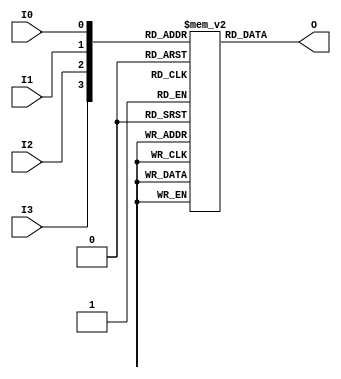
module LUT4( 
    output O, 
    input I0, 
    input I1, 
    input I2, 
    input I3 );

  parameter INIT = 16'h00000000;

  reg lut [15:0];

  integer i;

  initial 
    for(i = 0; i < 16; i++ )
       lut[i] = INIT[i];

  assign O = lut[{I3,I2,I1,I0}];

endmodule